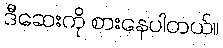
ဒီဆေးကို စားနေပါတယ်။